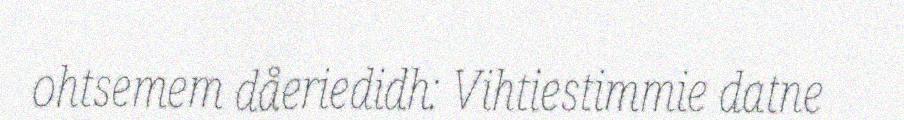
ohtsemem dåeriedidh: Vihtiestimmie datne